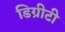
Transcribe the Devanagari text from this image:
डिग्रीटी